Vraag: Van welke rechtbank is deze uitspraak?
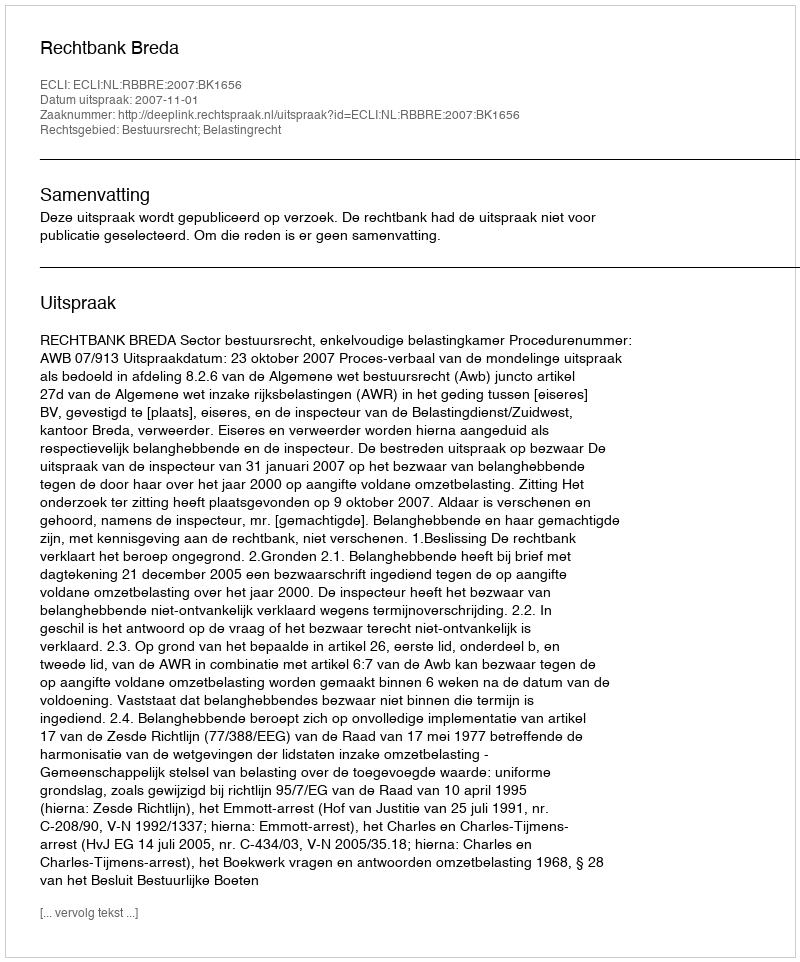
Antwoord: Rechtbank Breda